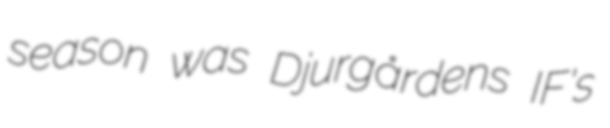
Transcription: season was Djurgårdens IF's